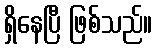
ရှိနေပြီ ဖြစ်သည်။